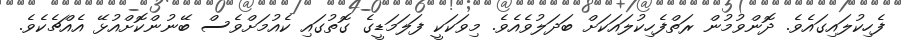
ފެހިކުލައިގައެވެ. ދޮންވުމުން ރަތްފެހިކުލައަކަށް ބަދަލުވެއެވެ. މިވަކަކީ ފަލަމަޑީގެ ގޮތުގައި ކެއުމަށްވެސް ބޭނުންކޮށްއުޅޭ އެއްޗެކެވެ.